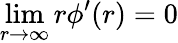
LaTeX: \operatorname*{lim}_{r\to\infty}r\phi^{\prime}(r)=0